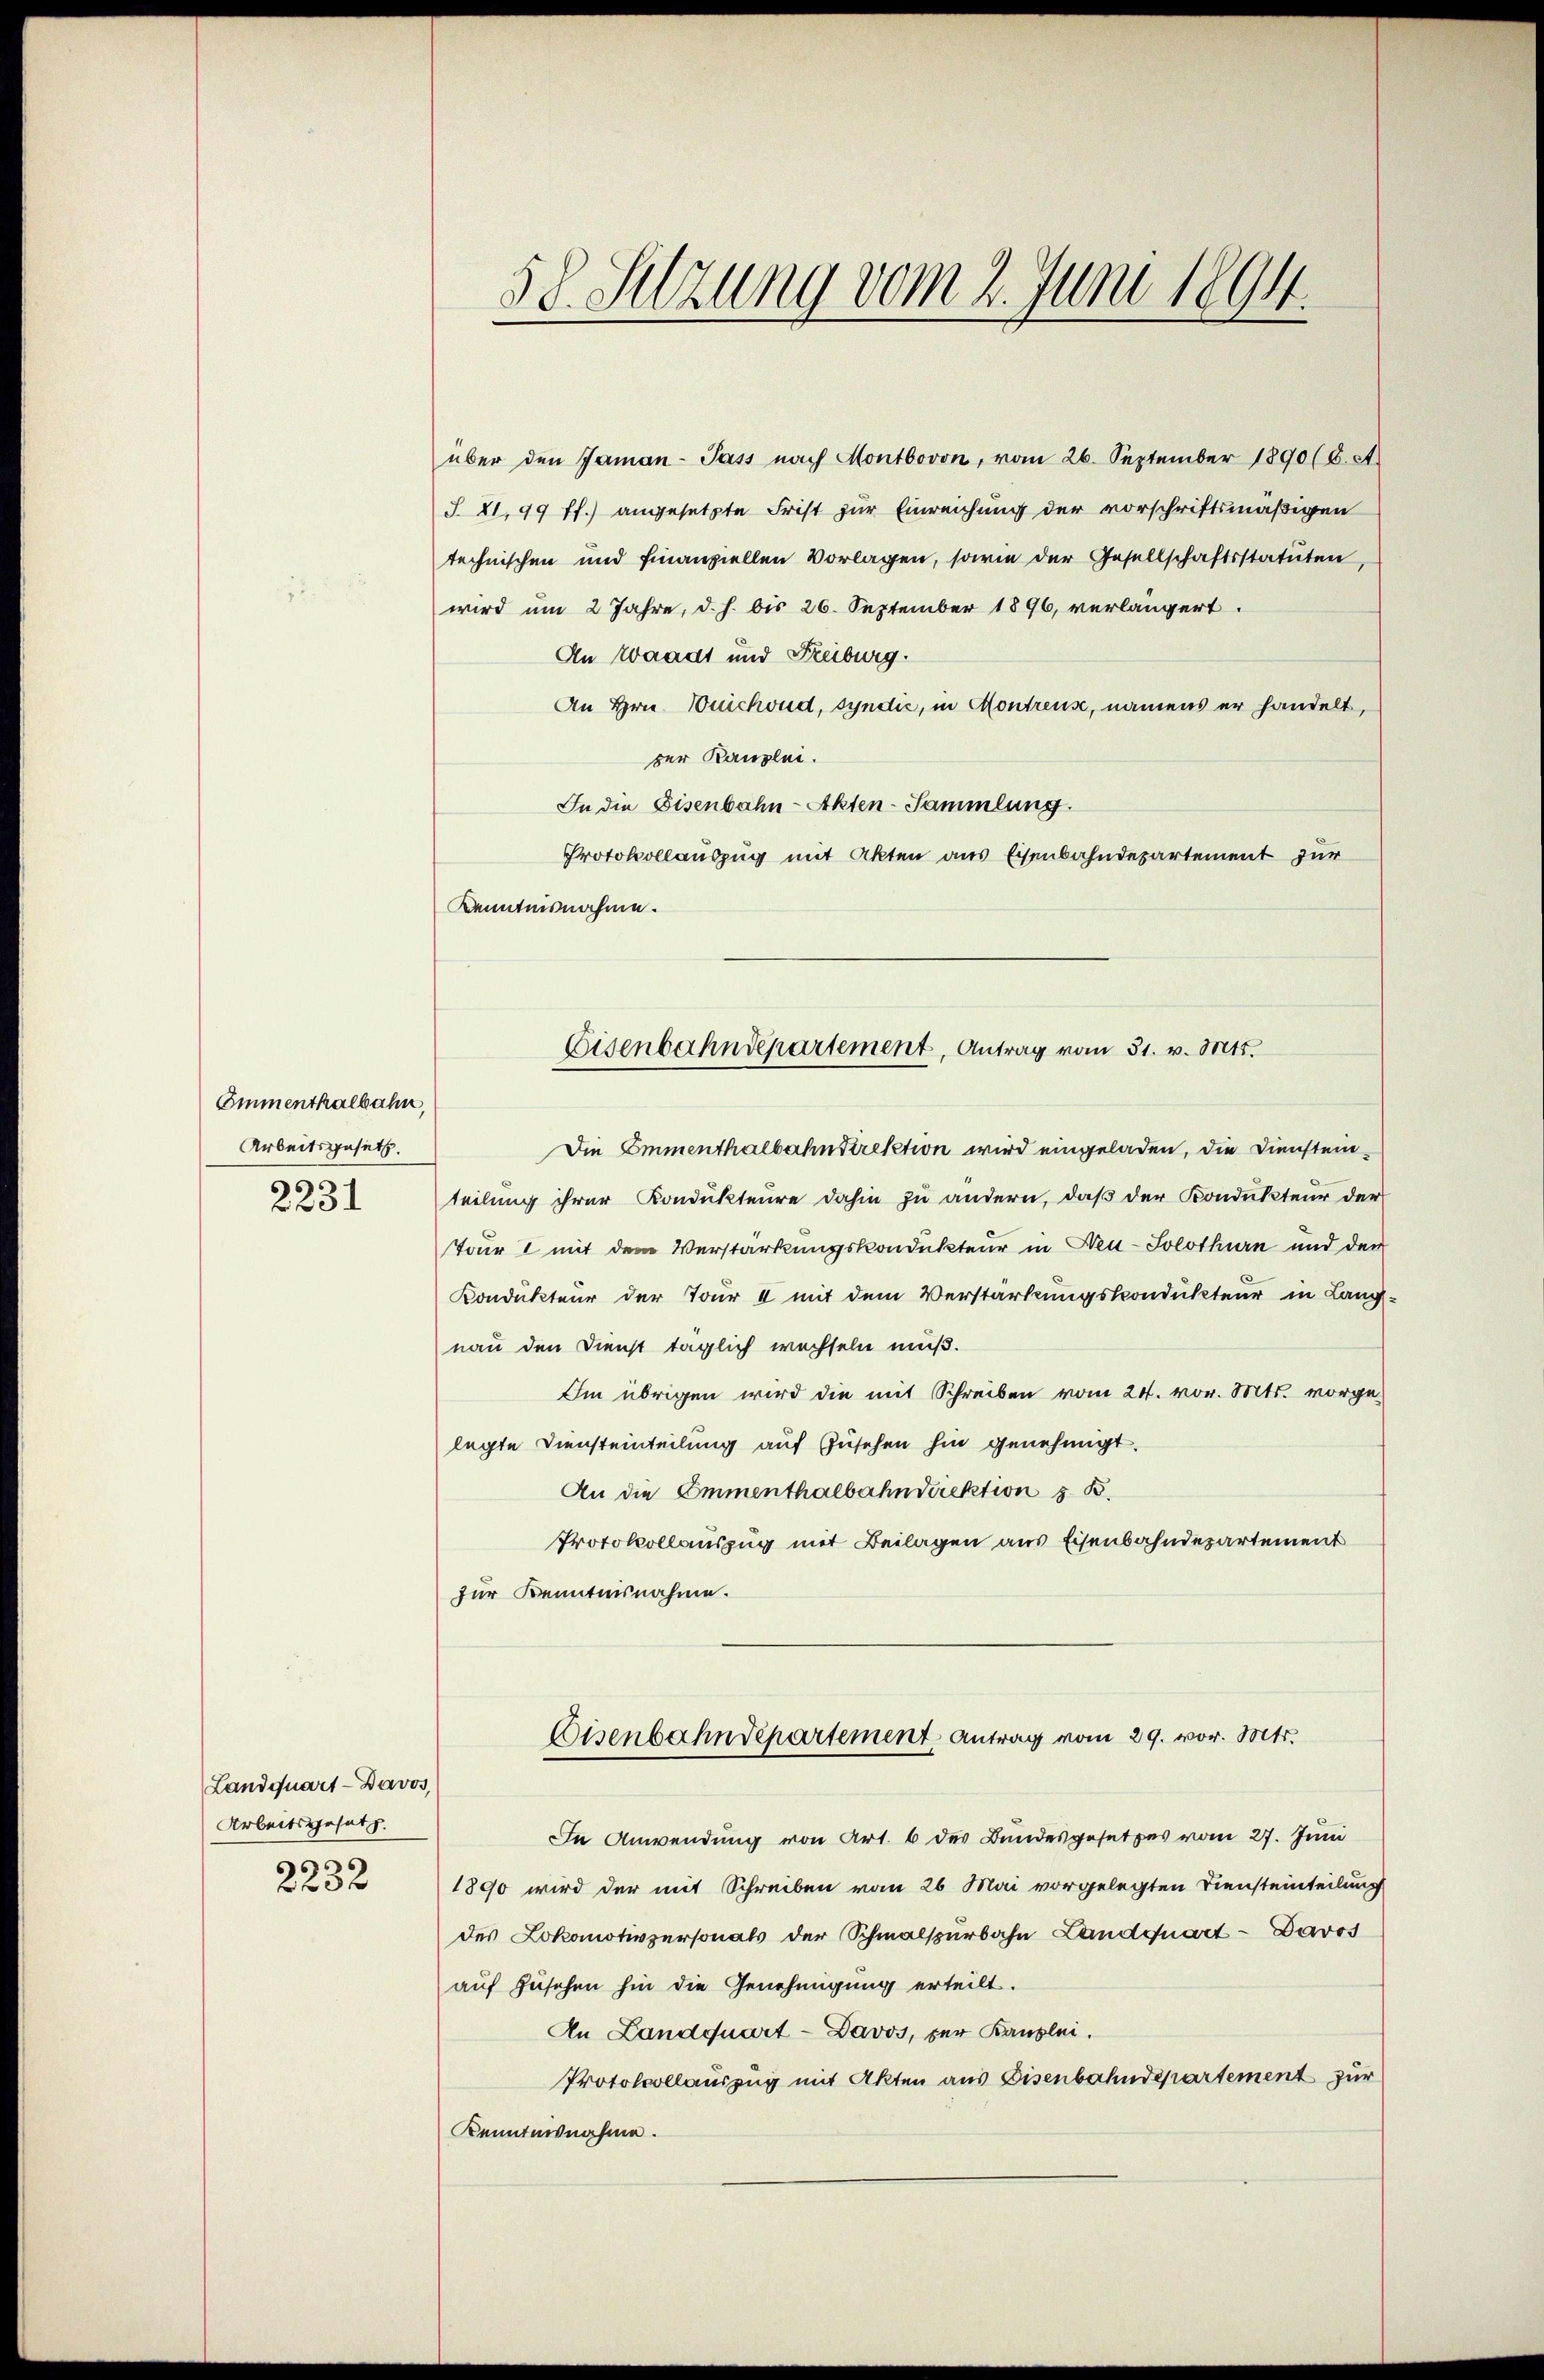
Emmenthalbahn,
Arbeitsgesetz.
.

f 20 x

Landquart - Davos,
Arbeitsgesetz
s
2232

über den Jaman-Pass nach Montbovon, vom 26. September 1890 (6. A
S. 11,99 ff.) angesetzte Frist zur Einreichung der vorschriftsmäßigen
technischen und Finanziellen Vorlagen, sowie der Gesellschaftsstatuten,
wird um 2 Jahre, d. h. bis 26. September 1896, verlängert.
An Waadt und Freiburg.
An Hrn. Cuichond, syndić, in Montreus, namens er handelt,
der Kanzlei.
In die Eisenbahn-Akten-Sammlung.
Protokollauszug mit Akten aus Eisenbahndepartement zur
Kenntnisnahme.
Die Emmenthalbahndirektion wird eingeladen, die Diensteinteilung ihrer Kondukteure dahin zu andern, daß der Kondukteur der
Tour 2 mit dem Verstärkungskondukteur in Neu-Solothurn und der
Kondekteur der Tour 4 mit dem Verstärkungskondukteur in Langnau den Dienst täglich wechseln muß.
Im übrigen wird die mit Schreiben vom 24. vor. Mts. vorgelegte Diensteinteilung auf Zusehen hin genehmigt.
An die Emmenthalbahndirektion z. B.
Protokollauszug mit Beilagen aus Eisenbahndepartement
zur Kenntnisnahme.

58. Sitzung vom 2. Juni 1894.

Eisenbahndepartement, Antrag vom 31. v. Mts.

Eisenbahndepartement Antrag vom 29. vor. Mts.

In Anwendung von Art. 6 des Bundesgesetzes vom 27. Juni
1890 wird der mit Schreiben vom 26. Mai vorgelegten Diensteinteilung
des Lokomotivpersonals der Schmalspurbahn Landquart - Davos
auf Zusehen hin die Genehmigung erteilt.
An Landquart - Davos, für Kanzlei.
Protokollauszug mit Akten aus Disenbahndepartement zur
Kenntnisnahme.